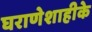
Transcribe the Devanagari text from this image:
घराणेशाहीके